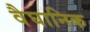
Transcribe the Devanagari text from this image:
वैघानिक